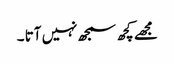
مجھے کچھ سمجھ نہیں آتا ۔